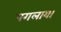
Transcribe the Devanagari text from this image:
पगलाया